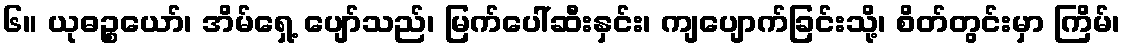
၆။ ယုဓဉ္စယော်၊ အိမ်ရှေ့ ပျော်သည်၊ မြက်ပေါ်ဆီးနှင်း၊ ကျပျောက်ခြင်းသို့၊ စိတ်တွင်းမှာ ကြိမ်၊